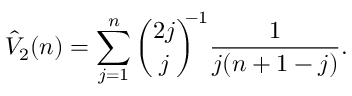
\hat { V } _ { 2 } ( n ) = \sum _ { j = 1 } ^ { n } { \binom { 2 j } { j } } ^ { \! \! \! - 1 } \frac { 1 } { j ( n + 1 - j ) } .